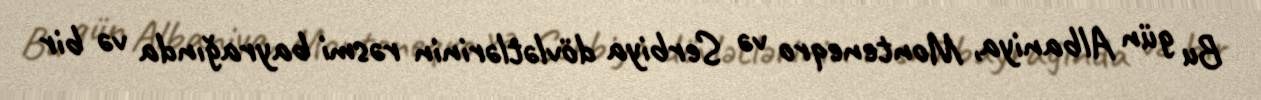
Bu gün Albaniya, Monteneqro və Serbiya dövlətlərinin rəsmi bayrağında və bir